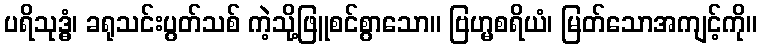
ပရိသုဒ္ဓံ၊ ခရုသင်းပွတ်သစ် ကဲ့သို့ဖြူစင်စွာသော။ ဗြဟ္မစရိယံ၊ မြတ်သောအကျင့်ကို။